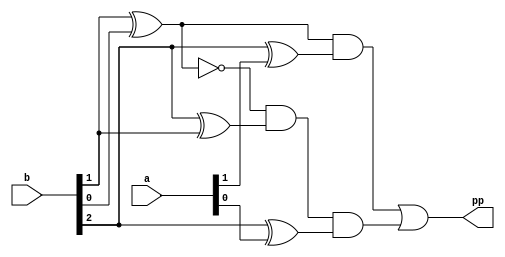
module MBE
(
   input  [1:0] a,
   input  [2:0] b,
   output pp
);

	wire result;
	assign result = ((b[1]^b[0])&(b[2]^a[1]))|(~(b[1]^b[0])&(b[2]^b[1])&(b[2]^a[0]));
	assign pp = ((b[1]^b[0])&(b[2]^a[1]))|(~(b[1]^b[0])&(b[2]^b[1])&(b[2]^a[0]));
	
endmodule